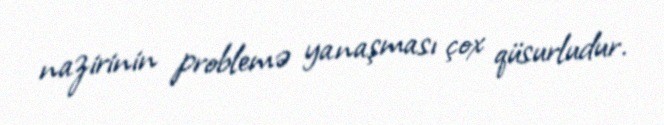
nazirinin problemə yanaşması çox qüsurludur.